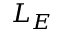
L _ { E }